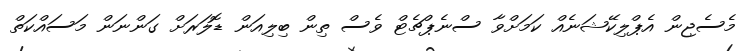
މެސެޖިން އެޕްލިކޭޝަނެއް ކަމަށްވާ ސްނެޕްޗެޓް ވެސް ތިން ބިލިއަން ޑޮލަރަށް ގަންނަން މަސައްކަތް